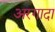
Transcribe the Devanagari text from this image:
अरगादा